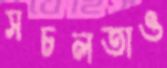
সচলতাও